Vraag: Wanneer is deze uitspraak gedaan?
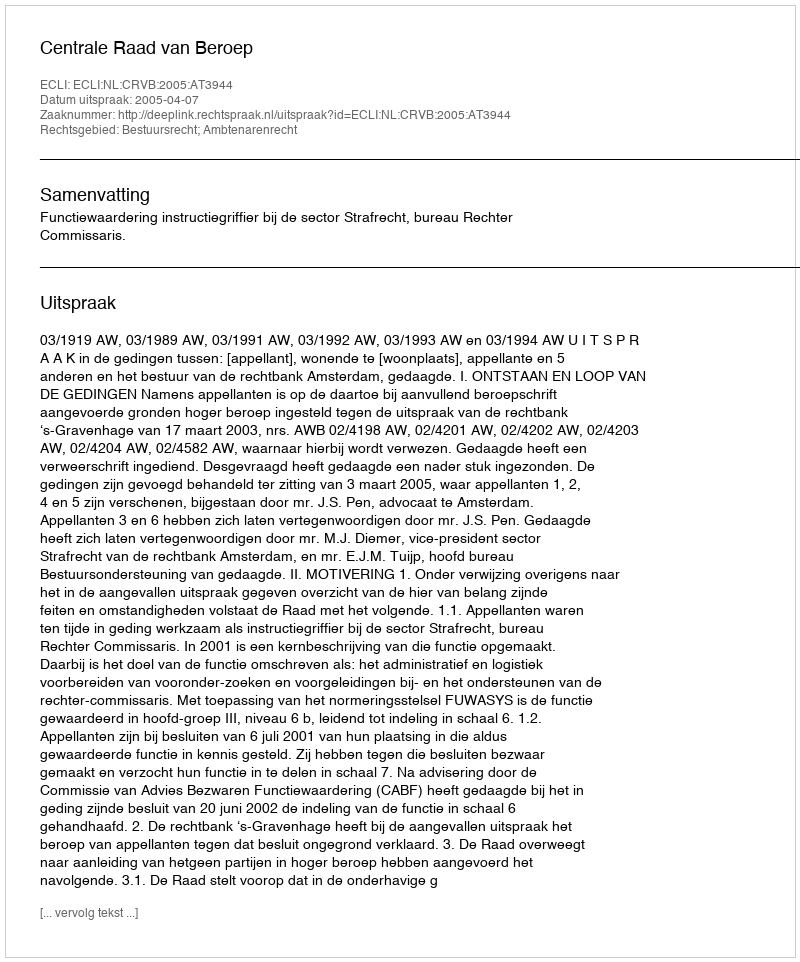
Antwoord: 2005-04-07